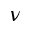
\nu